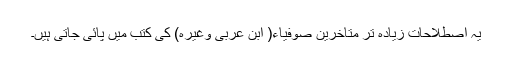
یہ اصطلاحات زیادہ تر متاخرین صوفیاء( ابن عربی وغیرہ) کی کتب میں پائی جاتی ہیں۔